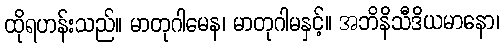
ထိုရဟန်းသည်။ မာတုဂါမေန၊ မာတုဂါမနှင့်။ အဘိနိသီဒိယမာနော၊